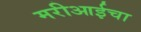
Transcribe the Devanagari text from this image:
मरीआईचा